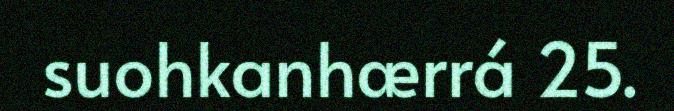
suohkanhærrá 25.